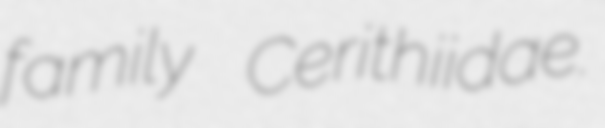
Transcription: family Cerithiidae.